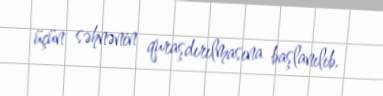
üçün səhnənin quraşdırılmasına başlanılıb.